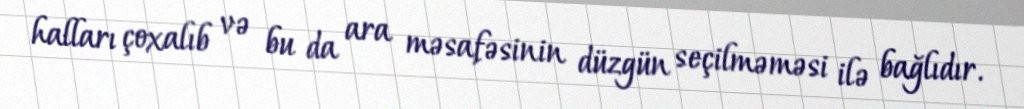
halları çoxalıb və bu da ara məsafəsinin düzgün seçilməməsi ilə bağlıdır.